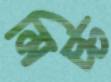
মিচ্চ